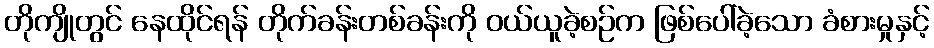
တိုကျိုတွင် နေထိုင်ရန် တိုက်ခန်းတစ်ခန်းကို ဝယ်ယူခဲ့စဉ်က ဖြစ်ပေါ်ခဲ့သော ခံစားမှုနှင့်